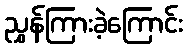
ညွှန်ကြားခဲ့ကြောင်း